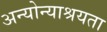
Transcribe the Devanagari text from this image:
अन्योन्याश्रयता